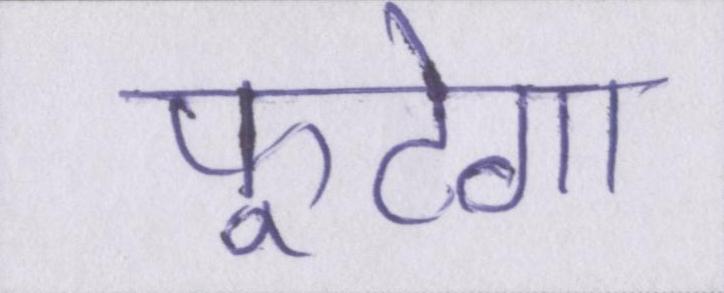
फूटेगा